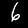
Label: 6